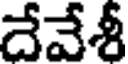
దేవేశీ